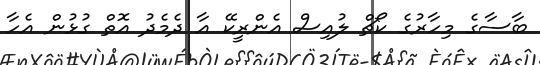
ބާސާގެ މިހާރުގެ ކޯޗް ލުއިސް އެންރީކޭ އާ ދެމެދު އޮތް ގުޅުން އެހާ